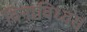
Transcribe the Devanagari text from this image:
विनाविध्वंस